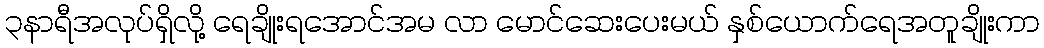
၃နာရီအလုပ်ရှိလို့ ရေချိုးရအောင်အမ လာ မောင်ဆေးပေးမယ် နှစ်ယောက်ရေအတူချိုးကာ